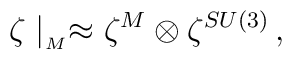
\zeta \mid_{_M} \approx \zeta^M \otimes \zeta^{SU(3)} \, ,